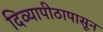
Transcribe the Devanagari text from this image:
दिव्यापीठापासून